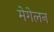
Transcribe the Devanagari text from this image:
मेगेलन